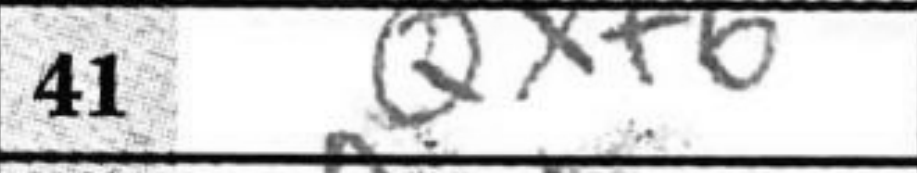
Transcription: Qxf6